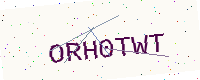
Text: ORH0TWT